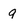
Character: 9